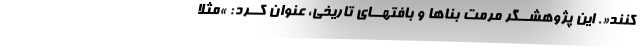
کنند«. این پژوهشــگر مرمت بناها و بافتهــای تاریخی، عنوان کــرد: »مثلا